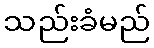
သည်းခံမည်